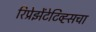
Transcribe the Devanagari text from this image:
रिप्रेझेंटेटिव्ह्सचा